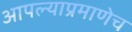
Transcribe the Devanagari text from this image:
आपल्याप्रमाणेच